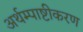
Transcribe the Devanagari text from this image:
अर्थम्पाष्टीकरण